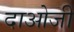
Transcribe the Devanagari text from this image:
दाओजी